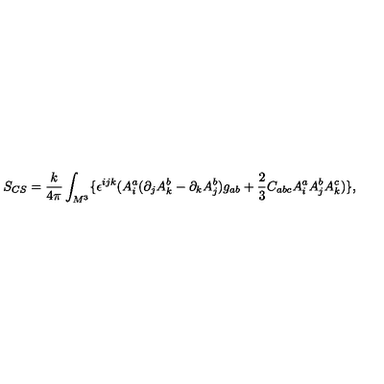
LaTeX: S _ { C S } = \frac k { 4 \pi } \int _ { M ^ { 3 } } \{ \epsilon ^ { i j k } ( A _ { i } ^ { a } ( \partial _ { j } A _ { k } ^ { b } - \partial _ { k } A _ { j } ^ { b } ) g _ { a b } + \frac 2 3 C _ { a b c } A _ { i } ^ { a } A _ { j } ^ { b } A _ { k } ^ { c } ) \} ,